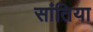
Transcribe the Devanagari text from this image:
सांतिया